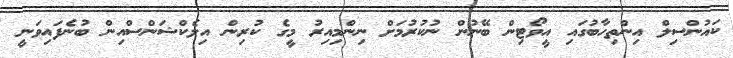
ކައުންސިލް އިންތިހާބުގައި އީވޯޓިން ބޭނުން ނުކުރުމަށް ނިންމިއިރު މީގެ ކުރިން އިލެކްޝަންސްއިން ބުނެފައިވަނީ